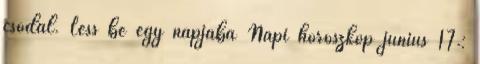
csodál. Less be egy napjába Napi horoszkóp június 17.: